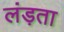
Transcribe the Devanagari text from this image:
लंड़ता